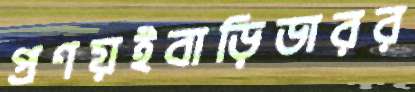
প্রণয়ইবাড়িডারর